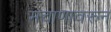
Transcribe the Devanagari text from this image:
मचाणावरून